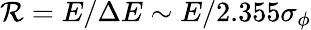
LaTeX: \mathcal{R}=E/\Delta E\sim E/2.355\sigma_{\phi}